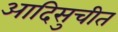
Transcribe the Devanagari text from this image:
आदिसुचीत